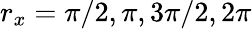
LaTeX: r_{x}=\pi/2,\pi,3\pi/2,2\pi